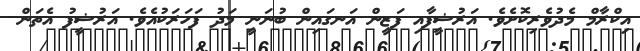
އިކްރާމް މެދުވެރިކޮށެވެ. އަރުޝީފާއި ފަޒީން އަނގައިން ބުނަނީ މަދު ފަހަރަކުއެވެ. އަރުޝީފު އެތަން